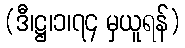
(ဒီ၊ဋ္ဌ၊၁၊၇၄ မှယူရန်)